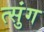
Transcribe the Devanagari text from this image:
त्सुंग